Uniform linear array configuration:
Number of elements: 48
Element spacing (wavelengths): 0.25
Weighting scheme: cosine
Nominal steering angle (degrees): -45
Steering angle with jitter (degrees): -44.442
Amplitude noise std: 0.05
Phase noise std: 0.05

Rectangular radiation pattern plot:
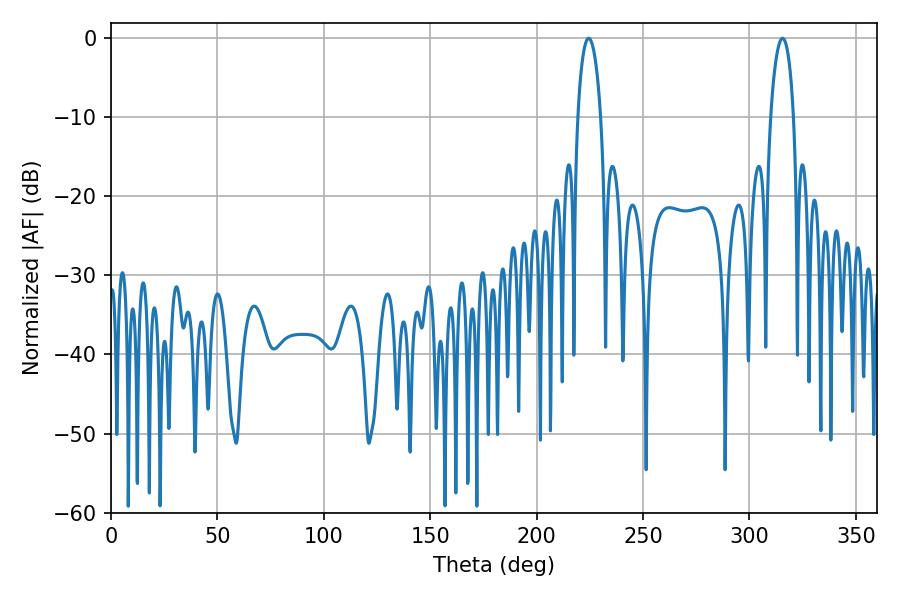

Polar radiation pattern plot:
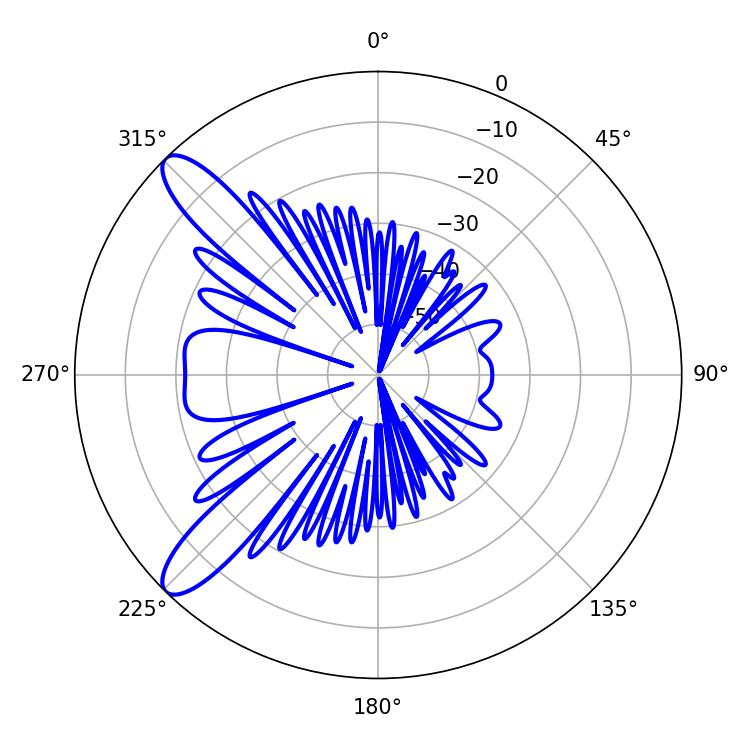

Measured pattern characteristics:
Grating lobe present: FALSE
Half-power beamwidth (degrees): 6.12
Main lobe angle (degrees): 224.46